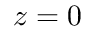
z = 0